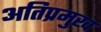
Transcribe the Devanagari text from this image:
अतिप्रमुख